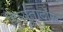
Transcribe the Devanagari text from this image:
दिप्युतादोस